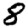
Digit: 8